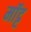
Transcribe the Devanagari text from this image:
मॉट्ट